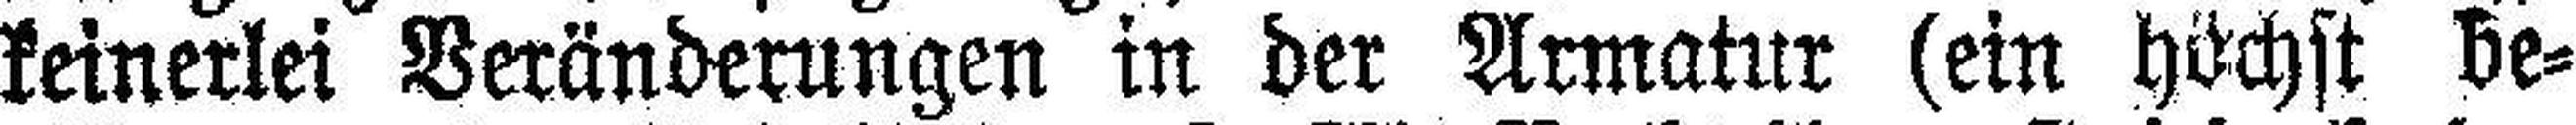
keinerlei Veränderungen in der Armatur (ein höchst be¬